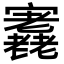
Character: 𡬁